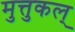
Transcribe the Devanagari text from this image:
मुत्तुकल्